Janeda_(Ambla)_vallavalitsus, lk 41
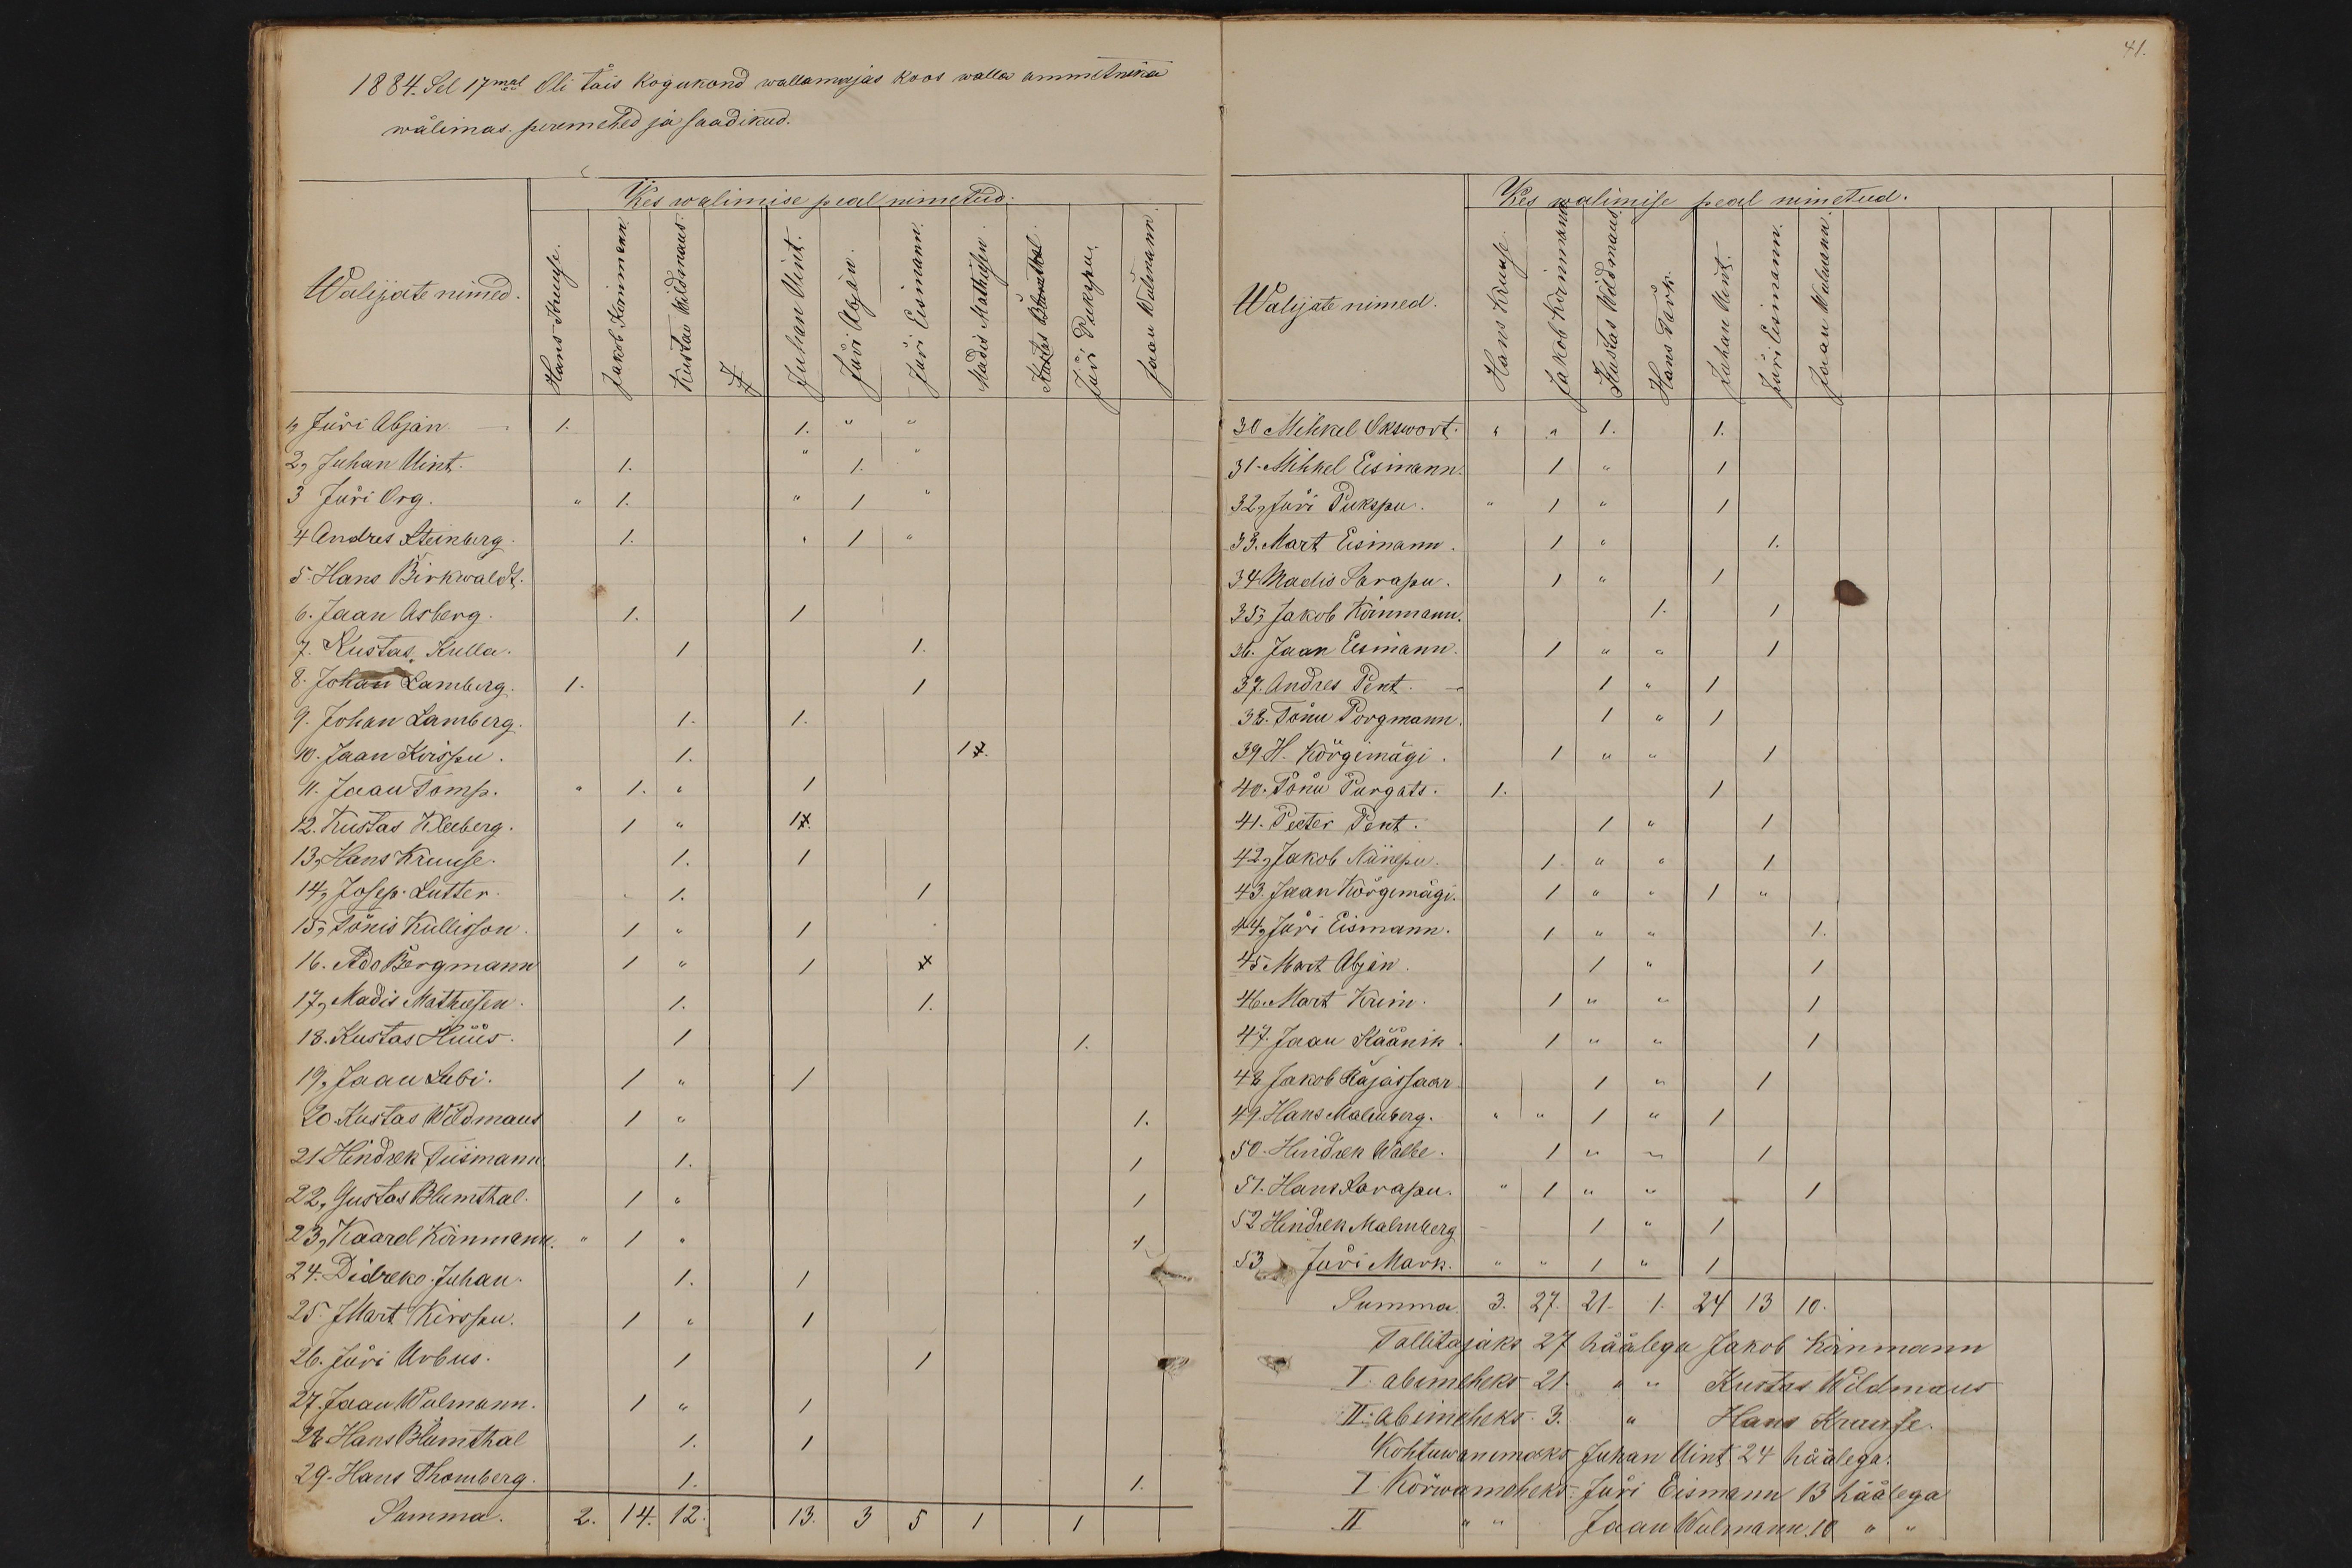
1884. Sel 17mal Oli täis kogukond wallamajas koos walla ammetnika
wälimas. peremehed ja saadikud.
Kes walimise peal nimetud:
Walijate nimed
Hans Kruuse.
Jakob Kirnmann.
Kustav Wildmaus.
J
Juhan Uint.
Jüri Abjan.
Madis Mathiesen.
Jüri Eismann.
Kustas Blumthal.
Jüri Pukspu.
Jaan Wolmann.
1, Jüri Abjan. - 1. 1. " "
2, Juhan Uint. 1. " 1. "
3 Jüri Org. " 1. " 1 "
4 Andres Steinberg. 1. " 1 "
5. Hans Birkwald.
6. Jaan Asberg. 1. 1
7. Kustas Kulla. 1 1.
8. Johan Lamberg. 1. 1
9. Johan Lamberg. 1. 1.
10. Jaan Kirspu. 1. 1 1.
11. Jaan Tomp. " 1. " 1
12. Kustas Kleeberg. 1 " 11.
13, Hans Kruuse. 1. 1
14, Josep. Lutter.  1. 1
15, Tõnis Kullisson. 1 " 1
16. Ado Bergmann 1 " 1 1
17, Madis Mathiesen. 1. 1.
18. Kustas Hüüs. 1 1.
19, Jaan Lubi. 1 " 1
20. Kustas Wildmaus 1 " 1.
21. Hindrek Tiismann 1. 1
22, Gustas Blumthal. 1 " 1
23, Kaarel Kirnmann. " 1 " 1
24. Didreko. Juhan. 1. 1
25. Mart Kirspu. 1 " 1
26. Jüri Urbus. 1 1
27. Jaan Wolmann. 1 " 1
28. Hans Blumthal 1. 1
29. Hans Thomberg. 1. 1.
Summa. 2. 14. 12. 13. 3 5 1 1

Kes walimise peal nimetud.
Walijate nimed.
Hans Kruuse.
Jakob Kirnmann
Kustas Wildmaus.
Jüri Eismann.
Hans Tork.
Jaan Walmann.
Juhan Uint.
30 Mihkel Okswort. " " 1. 1.
31. Mihkel Eismann. 1 " 1
32 Jüri Pukspu. " 1 " 1
33. Mart Eismann. 1 " 1.
34.Madis Sarapu. 1 " 1
35, Jakob Kirnmann. 1. 1
36. Jaan Eismann. 1 " " 1
37. Andres Pent. 1 " 1
38. Tõnu Porgmann. 1 " 1
39.H. Kõrgemägi. 1 " " 1
40. Tõnnu Purgats. 1. 1
41. Peeter Pent. 1 " 1
42, Jakob Niinepu. 1. " " 1
43. Jaan Kõrgemägi. 1 " " 1 "
44, Jüri Eismann. 1 " " 1.
45 Mart Abjan. 1 " 1
46. Mart Krim. 1 " " 1
47. Jaan Käänik. 1 " " 1
42 Jakob Rajassaar. 1 " 1
49. Hans Malmberg. " " 1 " 1
50. Hindrek Walbe. 1 " " 1
51. Hans Sarapu. " 1 " " 1
52 Hindrek Malmberg 1 " 1
53 Jüri Mark. " " 1 " 1
Summa 3. 27. 21. 1. 24 13 10.
Tallitajaks 27 häälega Jakob Kirnmann
I. abimeheks 21. " " Kustas Wildmaus
II. abimeheks 3. " Hans Kruuse.
Kohtuwanemaks Juhan Uint 24 häälega.
I Kõrwameheks: Jüri Eismann 13 häälega
II " " Jaan Wolmann.10 " "